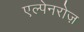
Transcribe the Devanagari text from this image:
एल्पेनरोज़